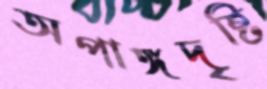
অপাঙ্গদৃষ্টি